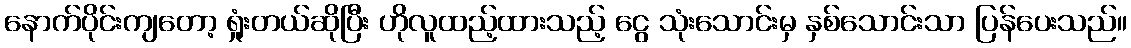
နောက်ပိုင်းကျတော့ ရှုံးတယ်ဆိုပြီး ဟိုလူထည့်ထားသည့် ငွေ သုံးသောင်းမှ နှစ်သောင်းသာ ပြန်ပေးသည်။